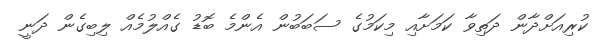
ކުރިއަށްދާން ދަތިވާ ކަމަށާއި މިކަމުގެ ސަބަބުން އެންމެ ބޮޑު ގެއްލުމެއް ލިބިގެން ދަނީ